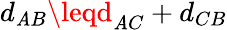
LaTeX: d_{\mathit{A}B}\leqd_{\mathit{A}C}+d_{CB}